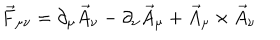
\vec { F } _ { \mu \nu } = \partial _ { \mu } \vec { A } _ { \nu } - \partial _ { \nu } \vec { A } _ { \mu } + \vec { A } _ { \mu } \times \vec { A } _ { \nu }